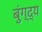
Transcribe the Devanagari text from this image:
बुंग्द्य